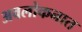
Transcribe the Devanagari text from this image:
अवलोकनात